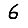
Digit: 6